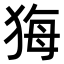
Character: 𤞦